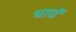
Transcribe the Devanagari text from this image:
चायें